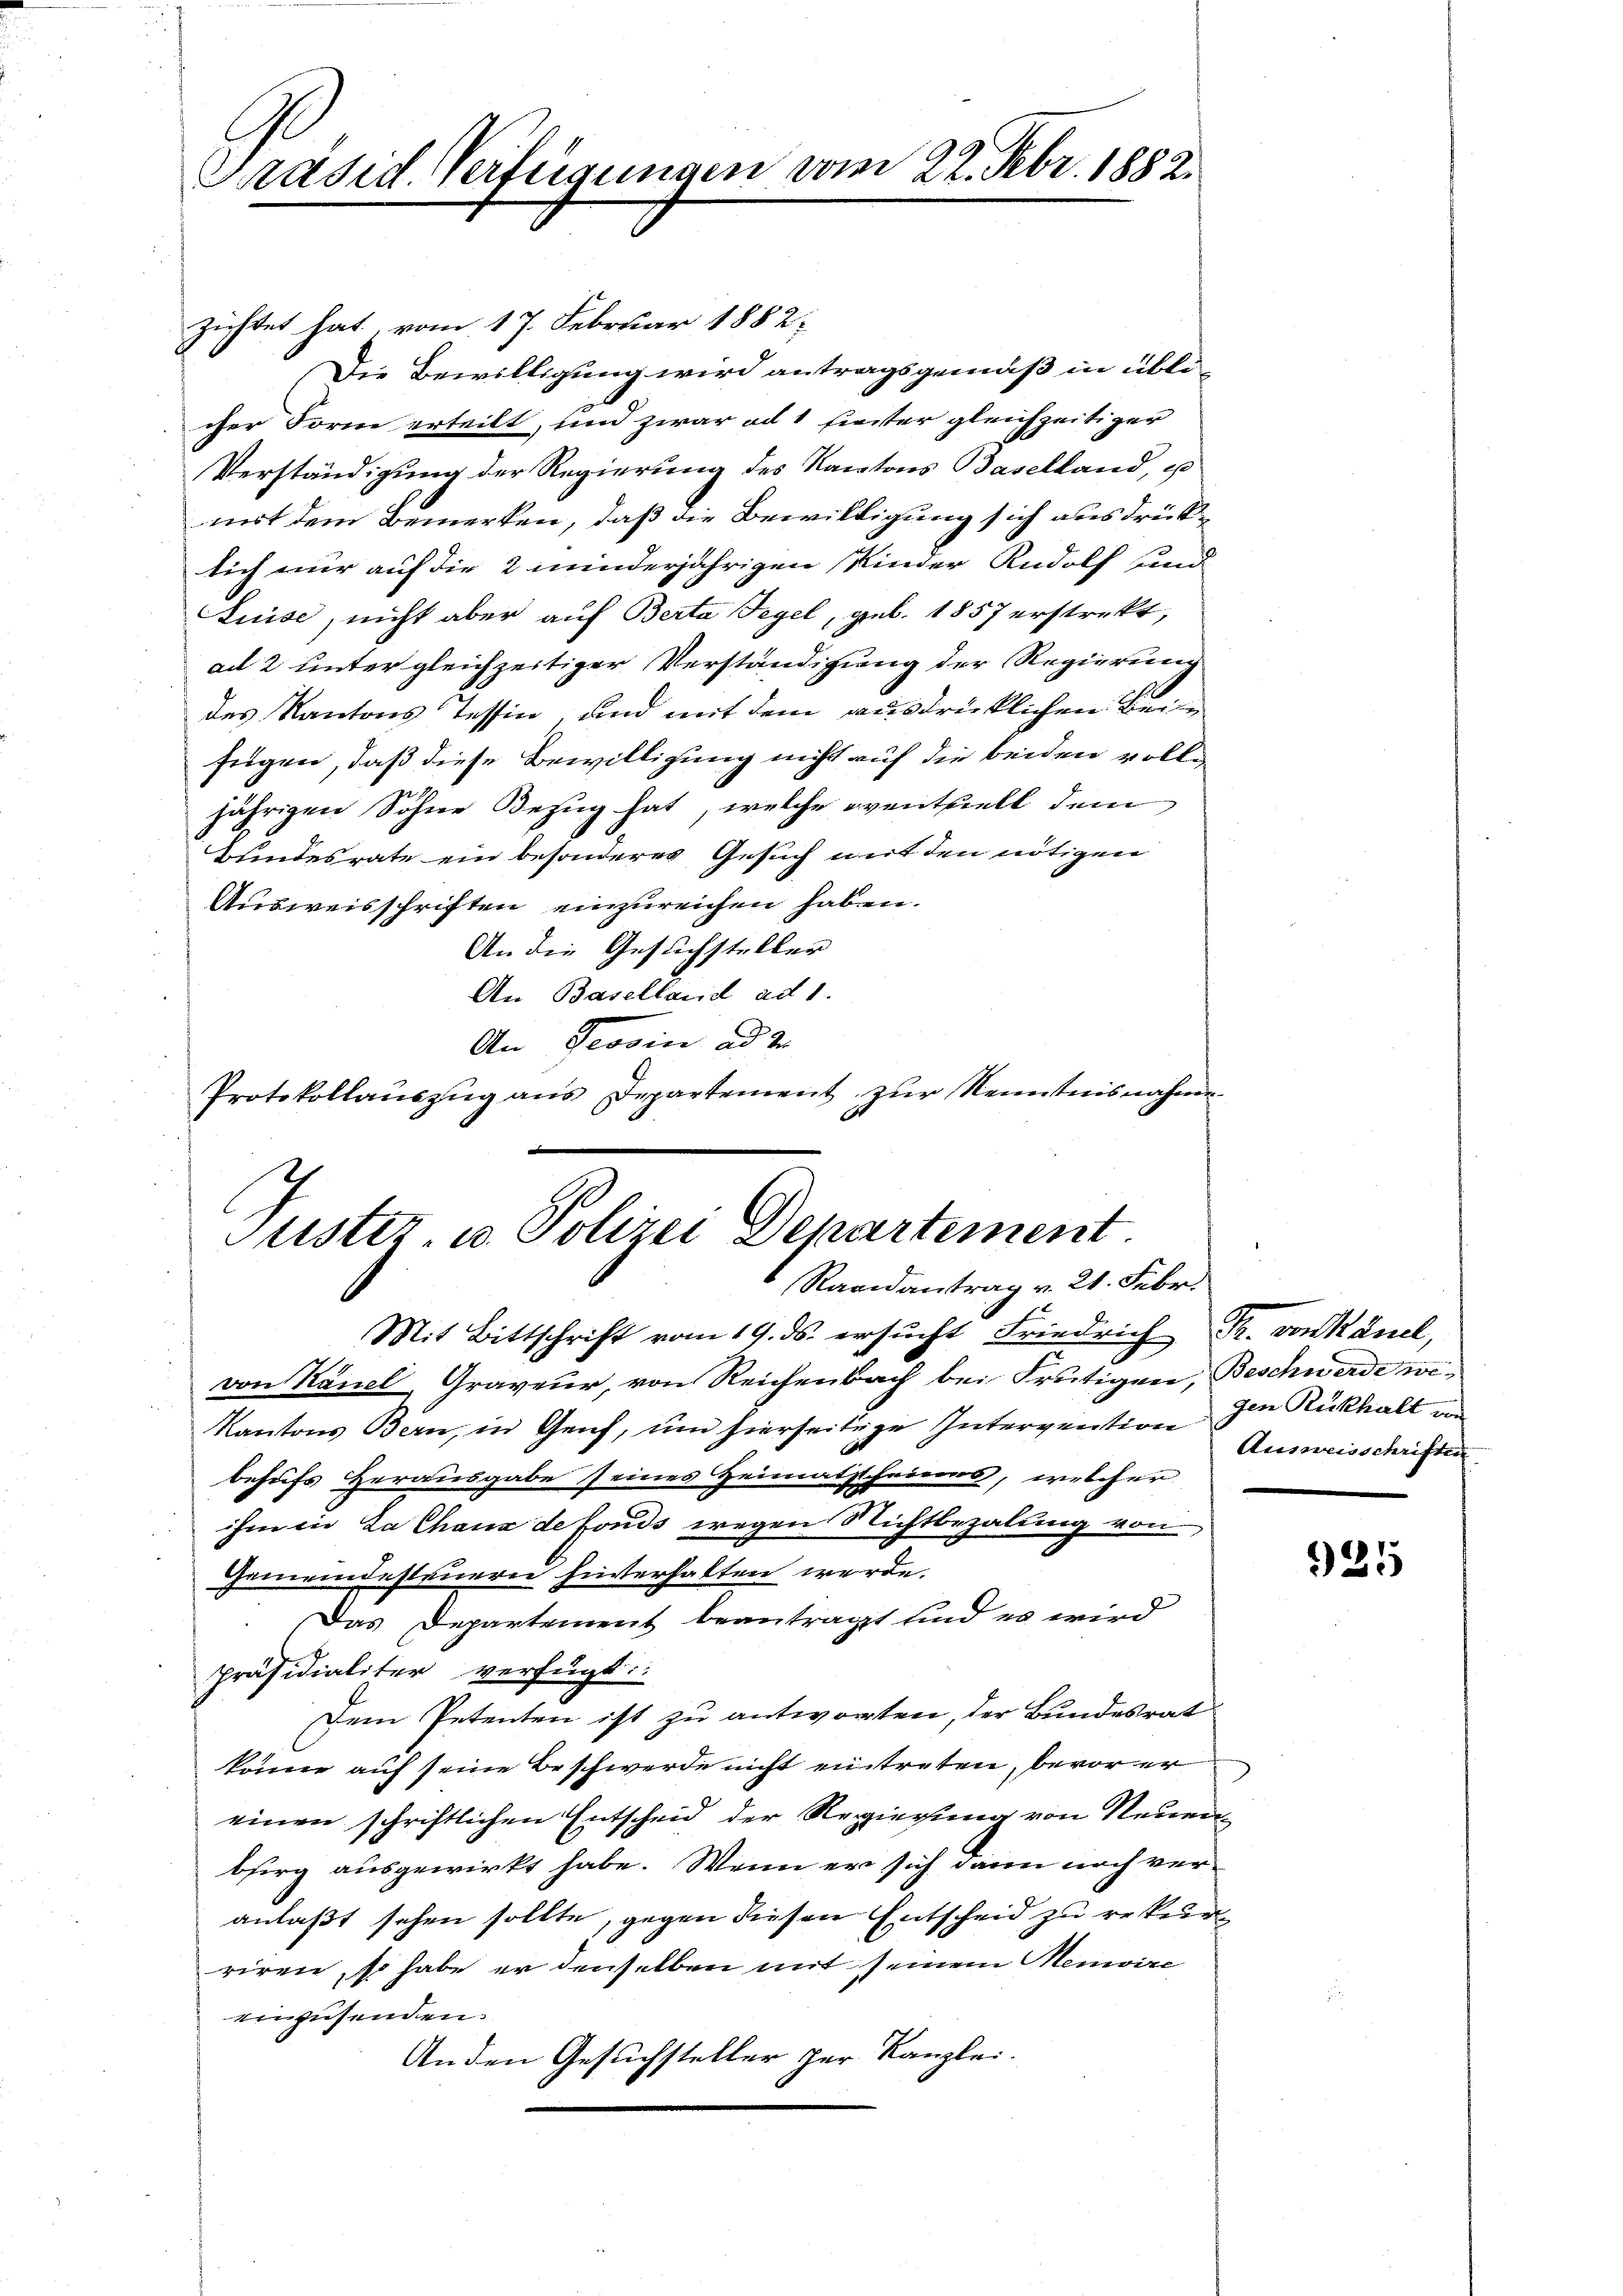
Präsid. Verfügungen vom 22. Febr. 1882.

zichtet hat, vom 17. Februar 1882
Die Bewilligung wird antragsgemäß in übli-
cher Form erteilt, und zwar ad 1 Einter gleichzeitiger
Verständigung der Regierung des Kantons Baselland, u
mit dem Bemerken, daß die Bewilligung sich ausdrücklich nur auf die 2 minderjährigen Kinder Rudolf und
Luise, nicht aber auf Berta Tegel, geb. 1857 erstrekt,
ad 2 unter gleichzeitiger Verständigung der Regierung
des Kantons Tessin, und mit dem ausdrücklichen Bere
fügen, daß diese Bewilligung nicht auf die beiden volljährigen Sohne Bezug hat, welche eventuell dem
Bundesrate ein besonderes Gesuch mit den nötigen
Ausweisschriften einzureichen haben.
An die Gesuchsteller
An Baselland ad 1.
An Tessin ad 2.
Protokollaŭszŭg ans Departement zur Kenntnisnahme
Mit Bittschrift vom 19. ds. ersucht Friedrich Pr. von Känel,
von Känel, Graveur, von Reichenbach bei Frutigen, Beschwerde we¬
Kantons Bern, in Genf, um hierseitige Intergration der Rückhalt un
behufs Herausgabe seines Heimatsscheines, welcher
ihm ein La Chaux de fonds wegen Nichtbezalung von
Gemeindesteuern hinterhalten werde.
Das Departement beantragt und es wird
präsidialiter verfügt:
Dem Petenten ist zu antworten, der Bundesrat
könne auf seine Beschwerde nicht eintreten, bevor er
einen schriftlichen Entscheid der Regierung von Neuen
bsirg ausgewirkt habe. Wenn er sich dann noch veranlaßt sehen sollte, gegen diesen Entscheid zu rekurriren, so habe er denselben mit seinem Memoire
einzusenden.
Anden Gesuchsteller zur Kanzlei.

Justiz- u. Polizei Departement.
Raandantrag v. 21. Febr.

Ausweisschriften

925